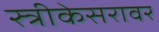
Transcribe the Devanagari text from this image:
स्त्रीकेसरावर